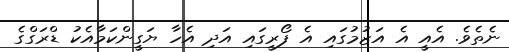
ނެތެވެ. އެއީ އެ އަޒުމުގައި އެ ފޯރީގައި އަދި އެހާ ޔަގީންކަމާއެކު ޑްރަގްގެ